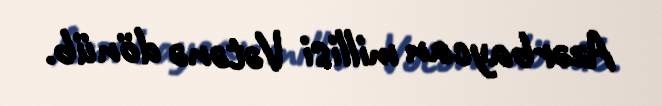
Azərbaycan millisi Vətənə dönüb.